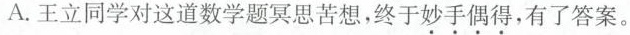
A.王立同学对这道数学题冥思苦想，终于妙手偶得，有了答案。